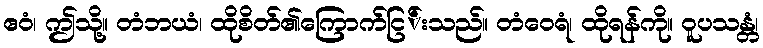
ဧဝံ၊ ဤသို့။ တံဘယံ၊ ထိုစိတ်၏ကြောက်ငြ်းသည်။ တံဝေရံ၊ ထိုရန်ကို။ ဝူပသန္တံ၊